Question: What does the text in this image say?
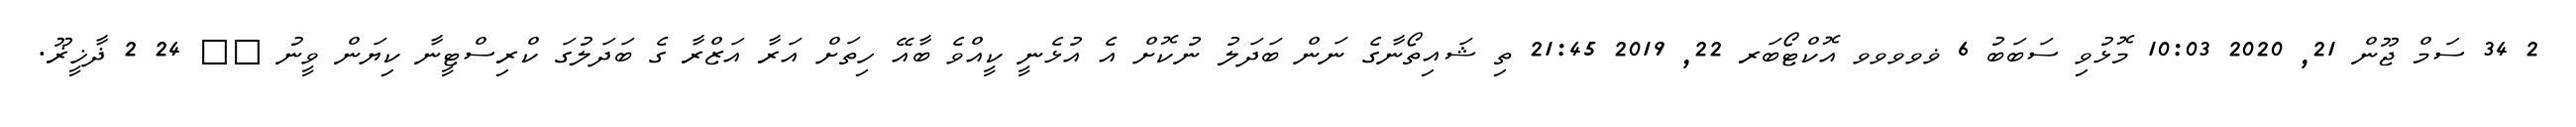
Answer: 2 34 ސަމް ޖޫން 21, 2020 10:03 މޮޅުވި ސަބަބު 6 ޥވވވވ އޮކްޓޯބަރ 22, 2019 21:45 ތި ޝައިތޯނާގެ ނަން ބަދަލު ނުކޮށް އެ އުޅެނީ ކީއްވެ ބާއޭ ހިތަށް އަރާ އަޒްރާ ގެ ބަދަލުގަ ކްރިސްޓީނާ ކިޔަން ވީނު ?? 24 2 ޛާޚީޜޫ.